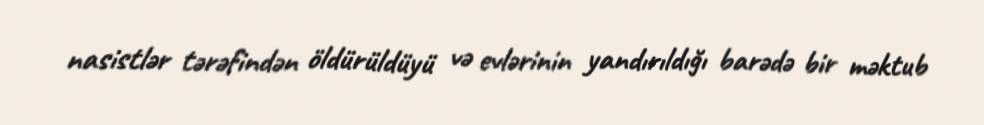
nasistlər tərəfindən öldürüldüyü və evlərinin yandırıldığı barədə bir məktub